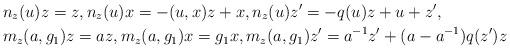
LaTeX: \begin{align*}&n_z(u)z=z,n_z(u)x=-(u,x)z+x,n_z(u)z'=-q(u)z+u+z', \\&m_z(a,g_1)z=az,m_z(a,g_1)x=g_1x,m_z(a,g_1)z'=a^{-1}z'+(a-a^{-1})q(z')z \end{align*}